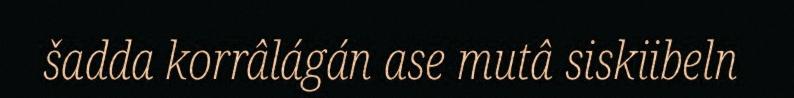
šadda korrâlágán ase mutâ siskiibeln